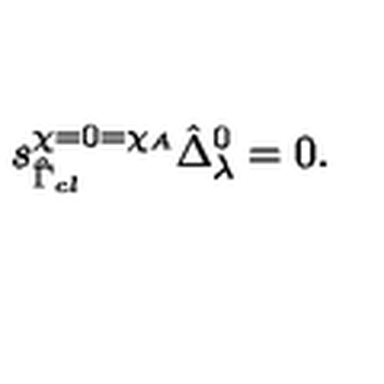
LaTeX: s _ { \hat { \Gamma } _ { c l } } ^ { \chi = 0 = \chi _ { A } } \hat { \Delta } _ { \lambda } ^ { 0 } = 0 .